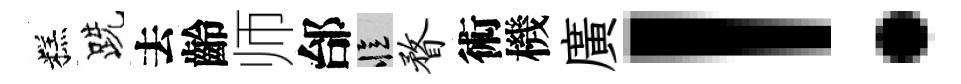
糕跣去齡师邰忆瞀術機廣！